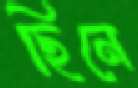
ছিনে